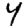
Digit: 4